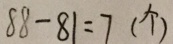
8 8 - 8 1 = 7 ( 个 )